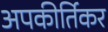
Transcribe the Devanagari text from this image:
अपकीर्तिकर